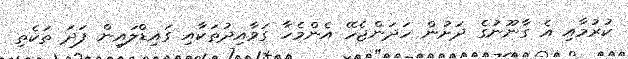
ކުރުމާއި އެ ގާނޫނުގެ ދަށުން ހަދަންޖެހޭ އެންމެހާ ގަވާއިދުތަކާއި ގައިޑްލައިން ފަދަ ތަކެތި